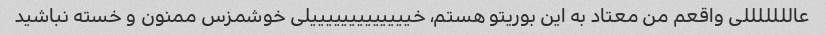
عالللللللی واقعم من معتاد به این بوریتو هستم، خیییییییییییییلی خوشمزس ممنون و خسته نباشید